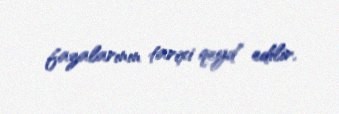
fazalarının tarixi qeyd edilir.